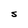
Character: S